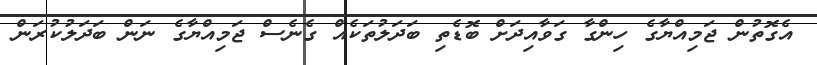
އެގޮތުން ޖަމިއްޔާގެ ހިންގާ ގަވާއިދަށް ބޮޑެތި ބަދަލުތަކެއް ގެނެސް ޖަމިއްޔާގެ ނަން ބަދަލުކުރަން